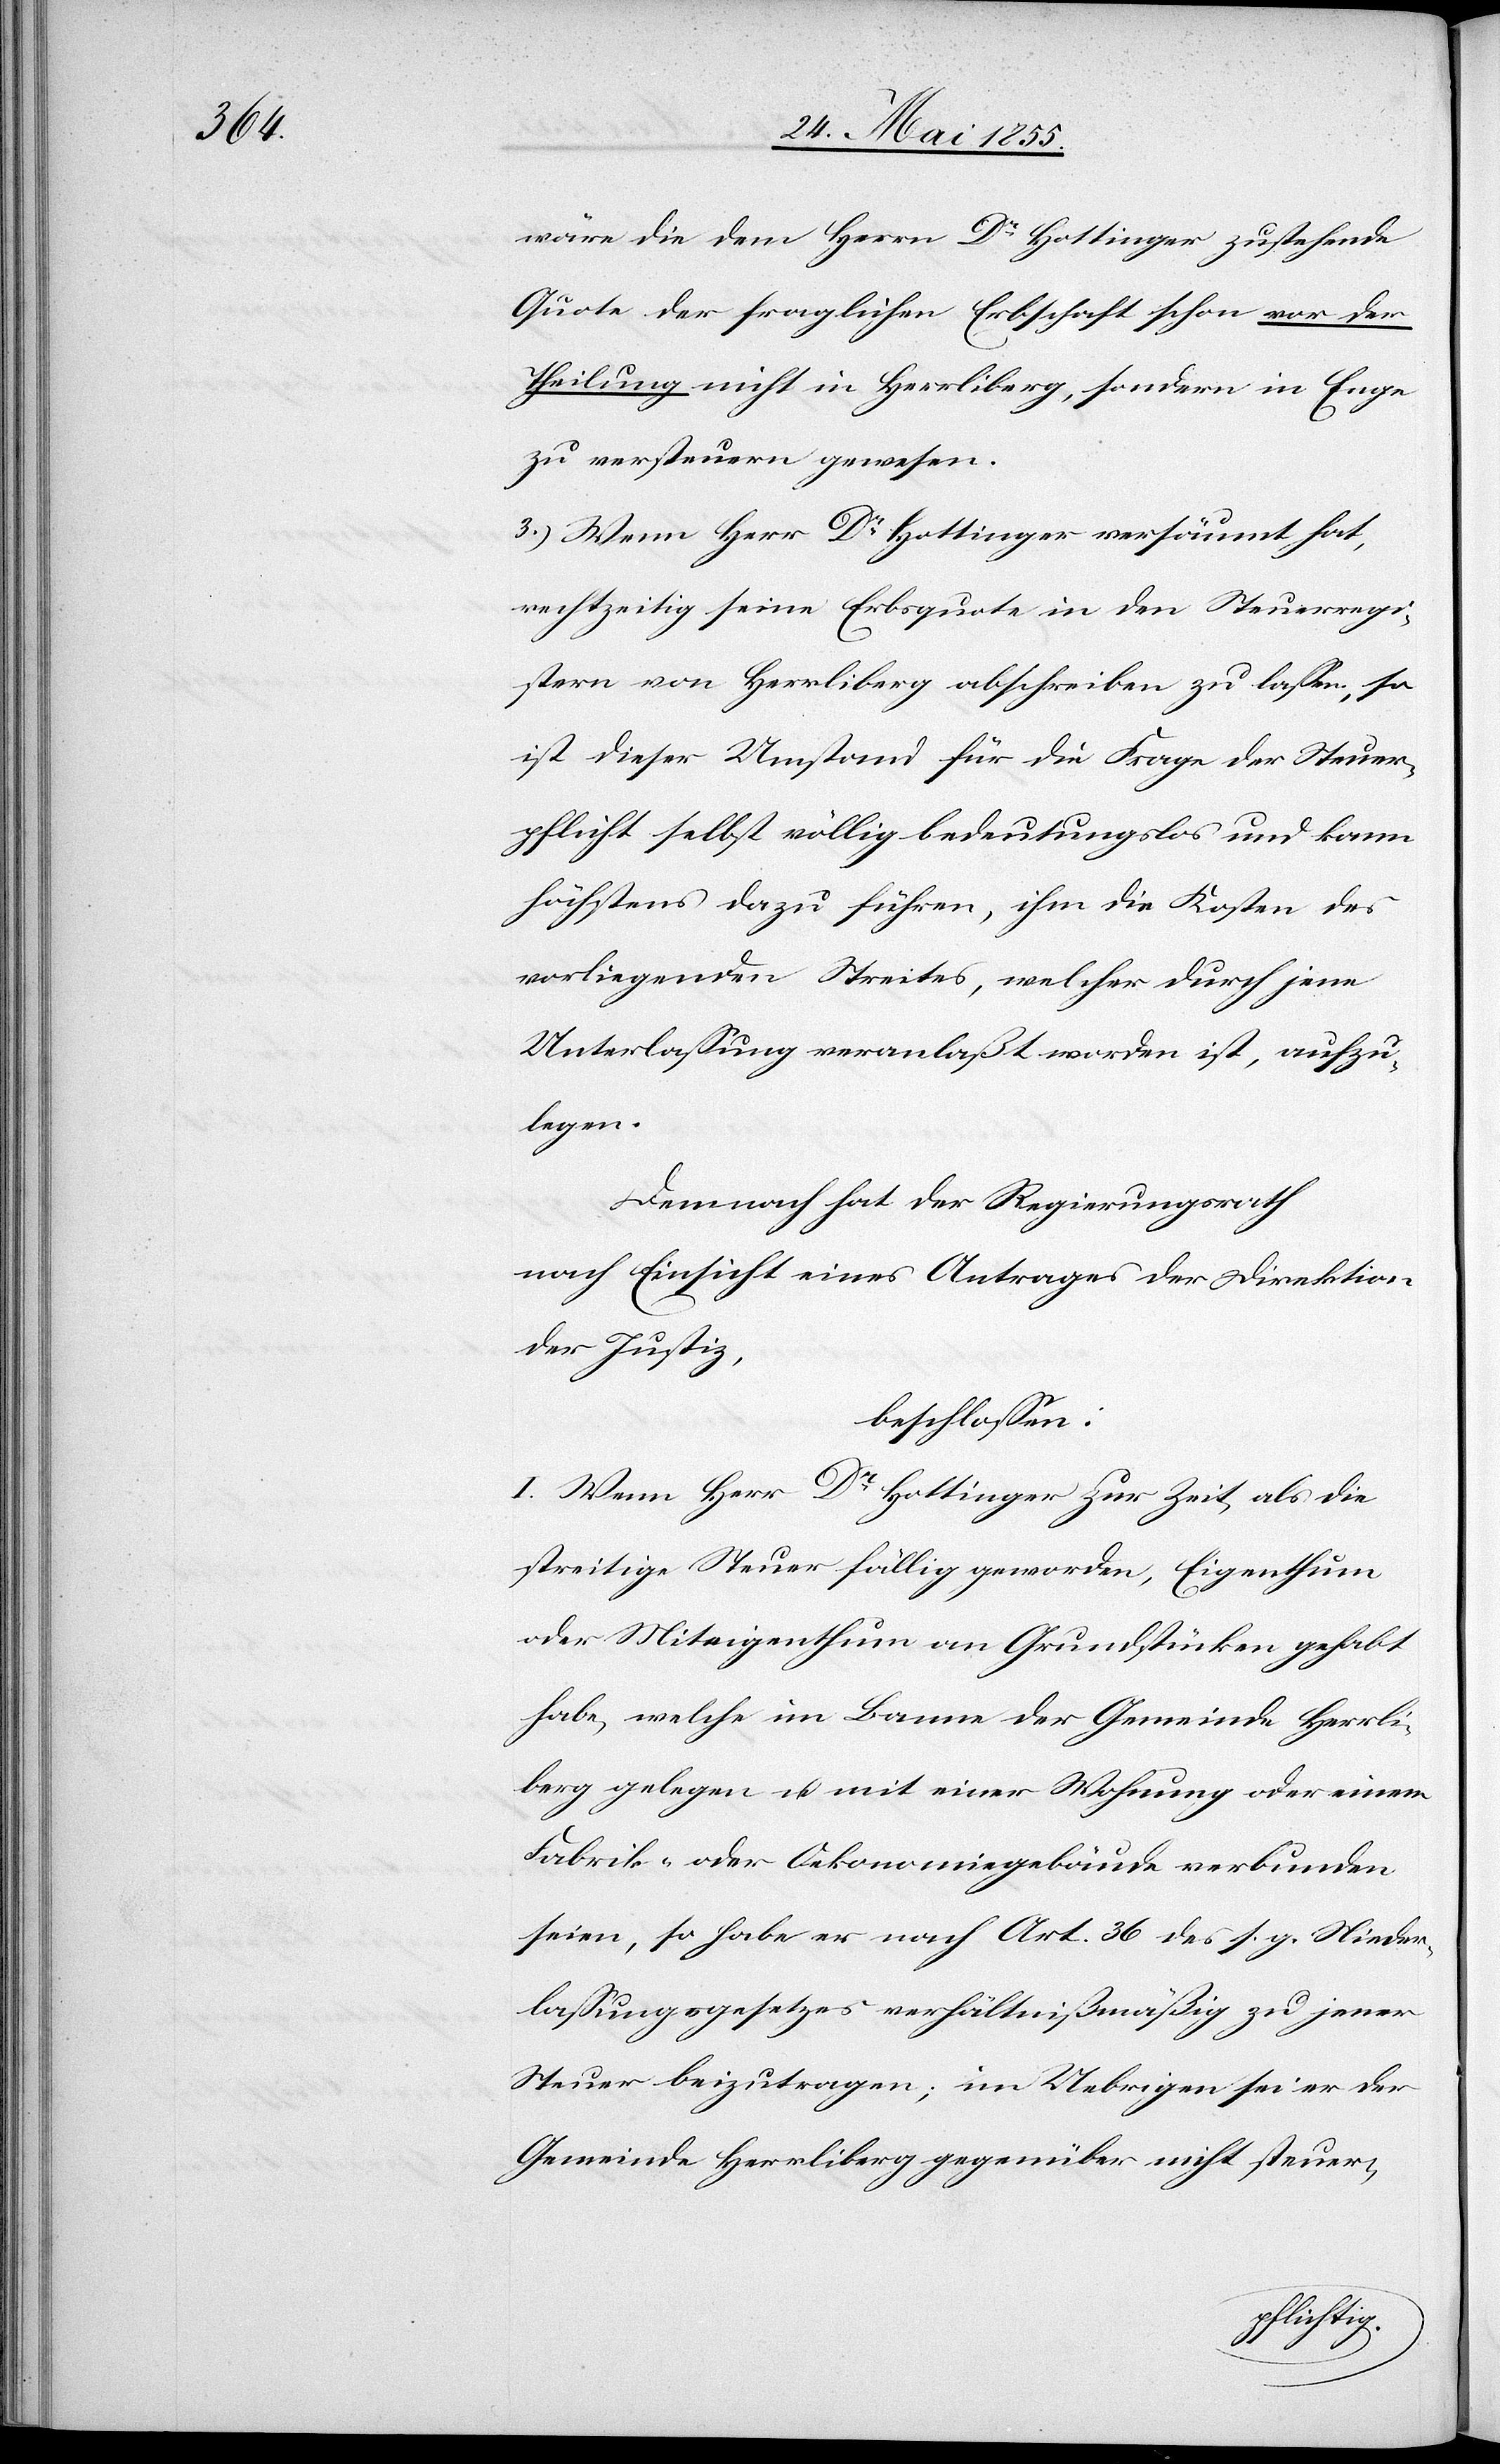
wäre die dem Herrn Dr Hottinger zustehende
Quote der fraglichen Erbschaft schon vor der
Theilung nicht in Herrliberg, sondern in Enge
zu versteuern gewesen.
3.) Wenn Herr Dr Hottinger versäumt hat,
rechtzeitig seine Erbsquote in den Steuerregi¬
stern von Herrliberg abschreiben zu lassen, so
ist dieser Umstand für die Frage der Steuer¬
pflicht selbst völlig bedeutungslos und kann
höchstens dazu führen, ihm die Kosten des
vorliegenden Streites, welcher durch jene
Unterlassung veranlaßt worden ist, aufzu¬
legen.
Demnach hat der Regierungsrath
nach Einsicht eines Antrages der Direktion
der Justiz,
beschlossen:
I. Wenn Herr Dr Hottinger zur Zeit, als die
streitige Steuer fällig geworden, Eigenthum
oder Miteigenthum an Grundstücken gehabt
habe, welche im Banne der Gemeinde Herrli¬
berg gelegen u. mit einer Wohnung oder einem
Fabrik- oder Oekonomiegebäude verbunden
seien, so habe er nach Art. 36 des s. g. Nieder¬
lassungsgesetzes verhältnißmäßig zu jener
Steuer beizutragen; im Uebrigen sei er der
Gemeinde Herrliberg gegenüber nicht steuer-